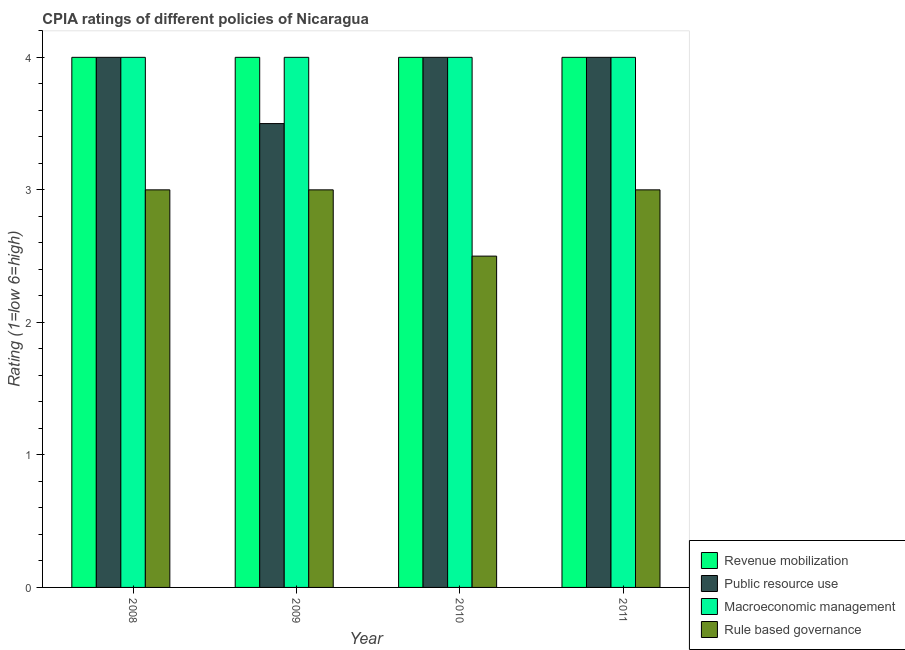
| Year | Revenue mobilization | Public resource use | Macroeconomic management | Rule based governance |
 | --- | --- | --- | --- | --- |
 | 2008 | 4 | 4 | 4 | 3 |
 | 2009 | 4 | 3.5 | 4 | 3 |
 | 2010 | 4 | 4 | 4 | 2.5 |
 | 2011 | 4 | 4 | 4 | 3 |